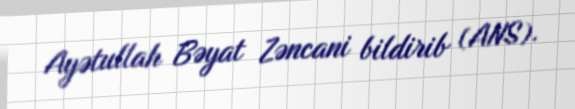
Ayətullah Bəyat Zəncani bildirib (ANS).